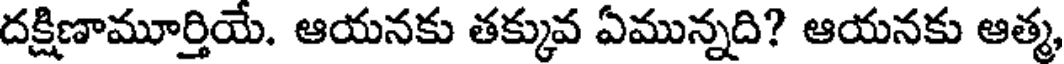
దక్షిణామూర్తియే. ఆయనకు తక్కువ ఏమున్నది? ఆయనకు ఆత్మ